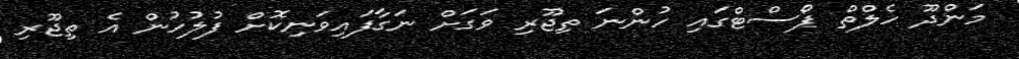
މަންދޫ ހެލްތް ޕޯސްޓްގައި ހުންނަ ތިޖޫރި ވަގަށް ނަގާފައިވަނިކޮށް ފުލުހުން އެ ތިޖޫރި